Vaccination report Assam 1874-1896 - 1874-1896
Year: 1874
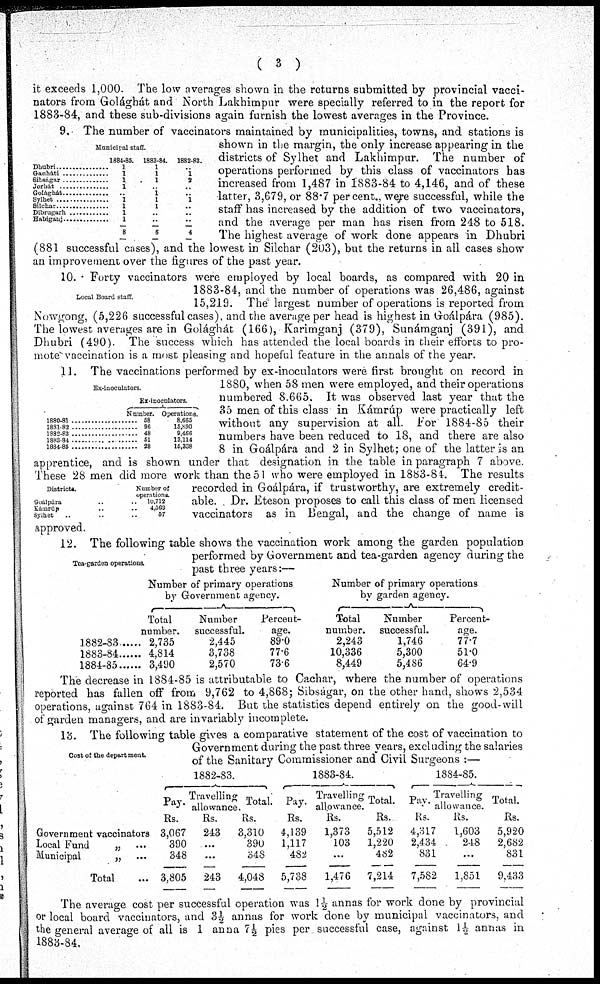
( 3 )
it exceeds 1,000. The low averages shown in the returns submitted by provincial vacci-
nators from Golághát and North Lakhimpur were specially referred to in the report for
1883-84, and these sub-divisions again furnish the lowest averages in the Province.
Municipal staff
Dhubri ................
Gauháti ................
Sibsagar ..............
Jorhát ...............
Golághát ................
Sylhet .............
Silchar ...............
Dibrugarh .............
Habiganj .............
1884-85.
1
1
1
1
..
1
1
1
1
8
1883-84.
1
1
1
.. 1
1
1
..
..
6
1882-83.
.. 1
32
..
.. 1
..
..
..
4
9. The number of vaccinators maintained by municipalities, towns, and stations is
shown in the margin, the only increase appearing in the
districts of Sylhet and Lakhimpur. The number of
operations performed by this class of vaccinators has
increased from 1,487 in 1883-84 to 4,146, and of these
latter, 3,679, or 88.7 per cent., were successful, while the
staff has increased by the addition of two vaccinators,
and the average per man has risen from 248 to 518.
The highest average of work done appears in Dhubri
(881 successful cases), and the lowest in Silchar (203), but the returns in all cases show
an improvement over the figures of the past year.
Local Board staff
10. Forty vaccinators were employed by local boards, as compared with 20 in
1883-84, and the number of operations was 26,486, against
15,219. The' largest number of operations is reported from
Nowgong, (5,226 successful cases), and the average per head is highest in Goálpára (985).
The lowest averages are in Golághát (166), Karimganj (379), Sunámganj (391), and
Dhubri (490). The success which has attended the local boards in their efforts to pro-
mote vaccination is a most pleasing and hopeful feature in the annals of the year.
Ex-inoculators
1880-81 ......................
1881-82 ......................
1882-83 ......................
1883-84 ......................
1884-85 ......................
Ex-inoculators.
Number.
58
96
48
51
28
Operations
8,665
15,990
9,466
13,114
15,338
Districts.
Goalpara .. ..
Kámrúp .. ..
Sylhet .. .. ..
Number of
operations.
10,712
4,569
57
11. The vaccinations performed by ex-inoculators were first brought on record in
1880, when 58 men were employed, and their operations
numbered 8.665. It was observed last year that the
35 men of this class in Kámrúp were practically left
without any supervision at all. For 1884-85 their
numbers have been reduced to 18, and there are also
8 in Goálpára and 2 in Sylhet; one of the latter is an
apprentice, and is shown under that designation in the table in paragraph 7 above.
These 28 men did more work than the 51 who were employed in 1883-84. The results
recorded in Goálpára, if trustworthy, are extremely credit-
able. Dr. Eteson proposes to call this class of men licensed
vaccinators as in Bengal, and the change of name is
approved.
Tea-garden operations.
12. The following table shows the vaccination work among the garden population
performed by Government and tea-garden agency during the
past three years:—
Number of primary operations
by Government agency.
Total
number.
2,735
, 4,814
, 3,490
Number
successful.
2,445
3,738
2,570
Percent-
age.
89.0
77.6
73.6
Number of primary operations
by garden agency.
Total
number.
2,243
10,336
8,449
Number
successful.
1,746
5,300
5,486
Percent-
age.
77.7
51.0
64.9
The decrease in 1884-85 is attributable to Cachar, where the number of operations
reported has fallen off from 9,762 to 4,868; Sibságar, on the other hand, shows 2,534
operations, against 764 in 1883-84. But the statistics depend entirely on the good-will
of garden managers, and are invariably incomplete.
Cost of the department.
13. The following table gives a comparative statement of the cost of vaccination to
Government during the past three years, excluding the salaries
of the Sanitary Commissioner and Civil Surgeons :—
Government vaccinators
Local Fund
„ ...
Municipal
„ ...
Total ...
1882-83.
Pay.
Rs.
3,067
390
348
3,805
Travelling
allowance.
Rs.
243
...
...
243
Total.
Rs.
3,310
390
348
4,048
1883-84.
Pay.
Rs.
4,139
1,117
482
5,738
Travelling
allowance.
Rs.
1,373
103
...
1,476
Total.
Rs.
5,512
1,220
482
7,214
1884-85.
Pay.
Rs.
4,317
2,434
831
7,582
Travelling
allowance.
Rs.
1,603
248
...
1,851
Total.
Rs.
5,920
2,682
831
9,433
The average cost per successful operation was 1½ annas for work done by provincial
or local board vaccinators, and 3½ annas for work done by municipal vaccinators, and
the general average of all is 1 anna 7½ pies per successful case, against 1½ annas in
1883-84.